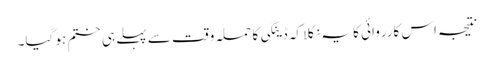
نتیجہ اس کارروائی کا یہ نکلا کہ ڈینگی کا حملہ وقت سے پہلے ہی ختم ہو گیا۔